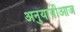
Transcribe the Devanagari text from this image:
अनुयायीआज